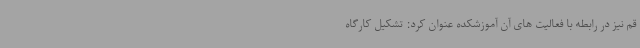
قم نیز در رابطه با فعالیت های آن آموزشکده عنوان کرد: تشکیل کارگاه